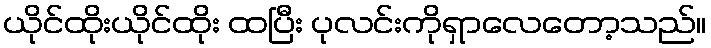
ယိုင်ထိုးယိုင်ထိုး ထပြီး ပုလင်းကိုရှာလေတော့သည်။